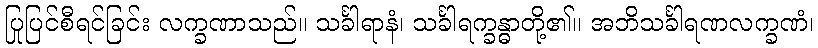
ပြုပြင်စီရင်ခြင်း လက္ခဏာသည်။ သင်္ခါရာနံ၊ သင်္ခါရက္ခန္ဓာတို့၏။ အဘိသင်္ခါရဏလက္ခဏံ၊